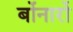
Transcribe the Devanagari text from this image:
बोंनार्रो